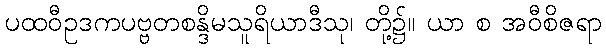
ပထဝီဥဒကပဗ္ဗတစန္ဒိမသူရိယာဒီသု၊ တို့၌။ ယာ စ အဝီစိဇရာ